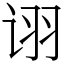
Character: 诩